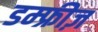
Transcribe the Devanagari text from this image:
डम्फ्रीज़